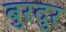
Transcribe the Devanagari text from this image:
बुरदुर